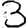
Digit: 3